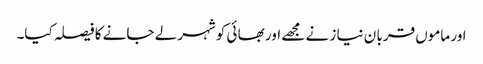
اور ماموں قربا ن نیا ز نے مجھے اور بھا ئی کوشہر لے جانے کا فیصلہ کیا۔